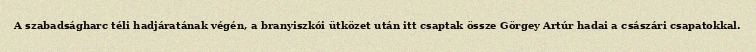
A szabadságharc téli hadjáratának végén, a branyiszkói ütközet után itt csaptak össze Görgey Artúr hadai a császári csapatokkal.